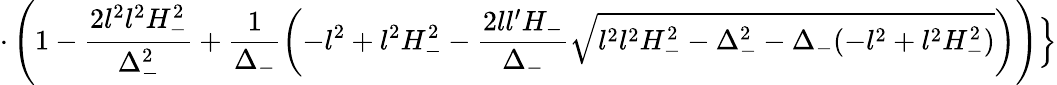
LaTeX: \cdot\left(1-\frac{2l^{2}l^{2}H_{-}^{2}}{\Delta_{-}^{2}}+\frac{1}{\Delta_{-}}\left(-l^{2}+l^{2}H_{-}^{2}-\frac{2ll^{\prime}H_{-}}{\Delta_{-}}\sqrt{l^{2}l^{2}H_{-}^{2}-\Delta_{-}^{2}-\Delta_{-}(-l^{2}+l^{2}H_{-}^{2})}\right)\right)\Bigr\}